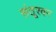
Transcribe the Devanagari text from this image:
संतूरवर